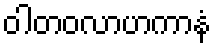
ဝါတဝလာဟကာနံ